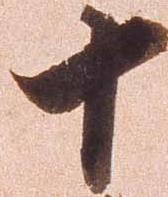
十